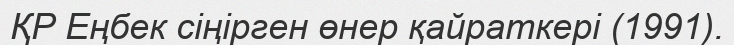
ҚР Еңбек сіңірген өнер қайраткері (1991).